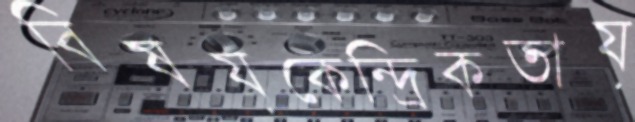
বিষয়কেন্দ্রিকতায়